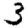
Digit: 3